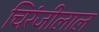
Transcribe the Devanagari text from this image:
चिरंजीलाल